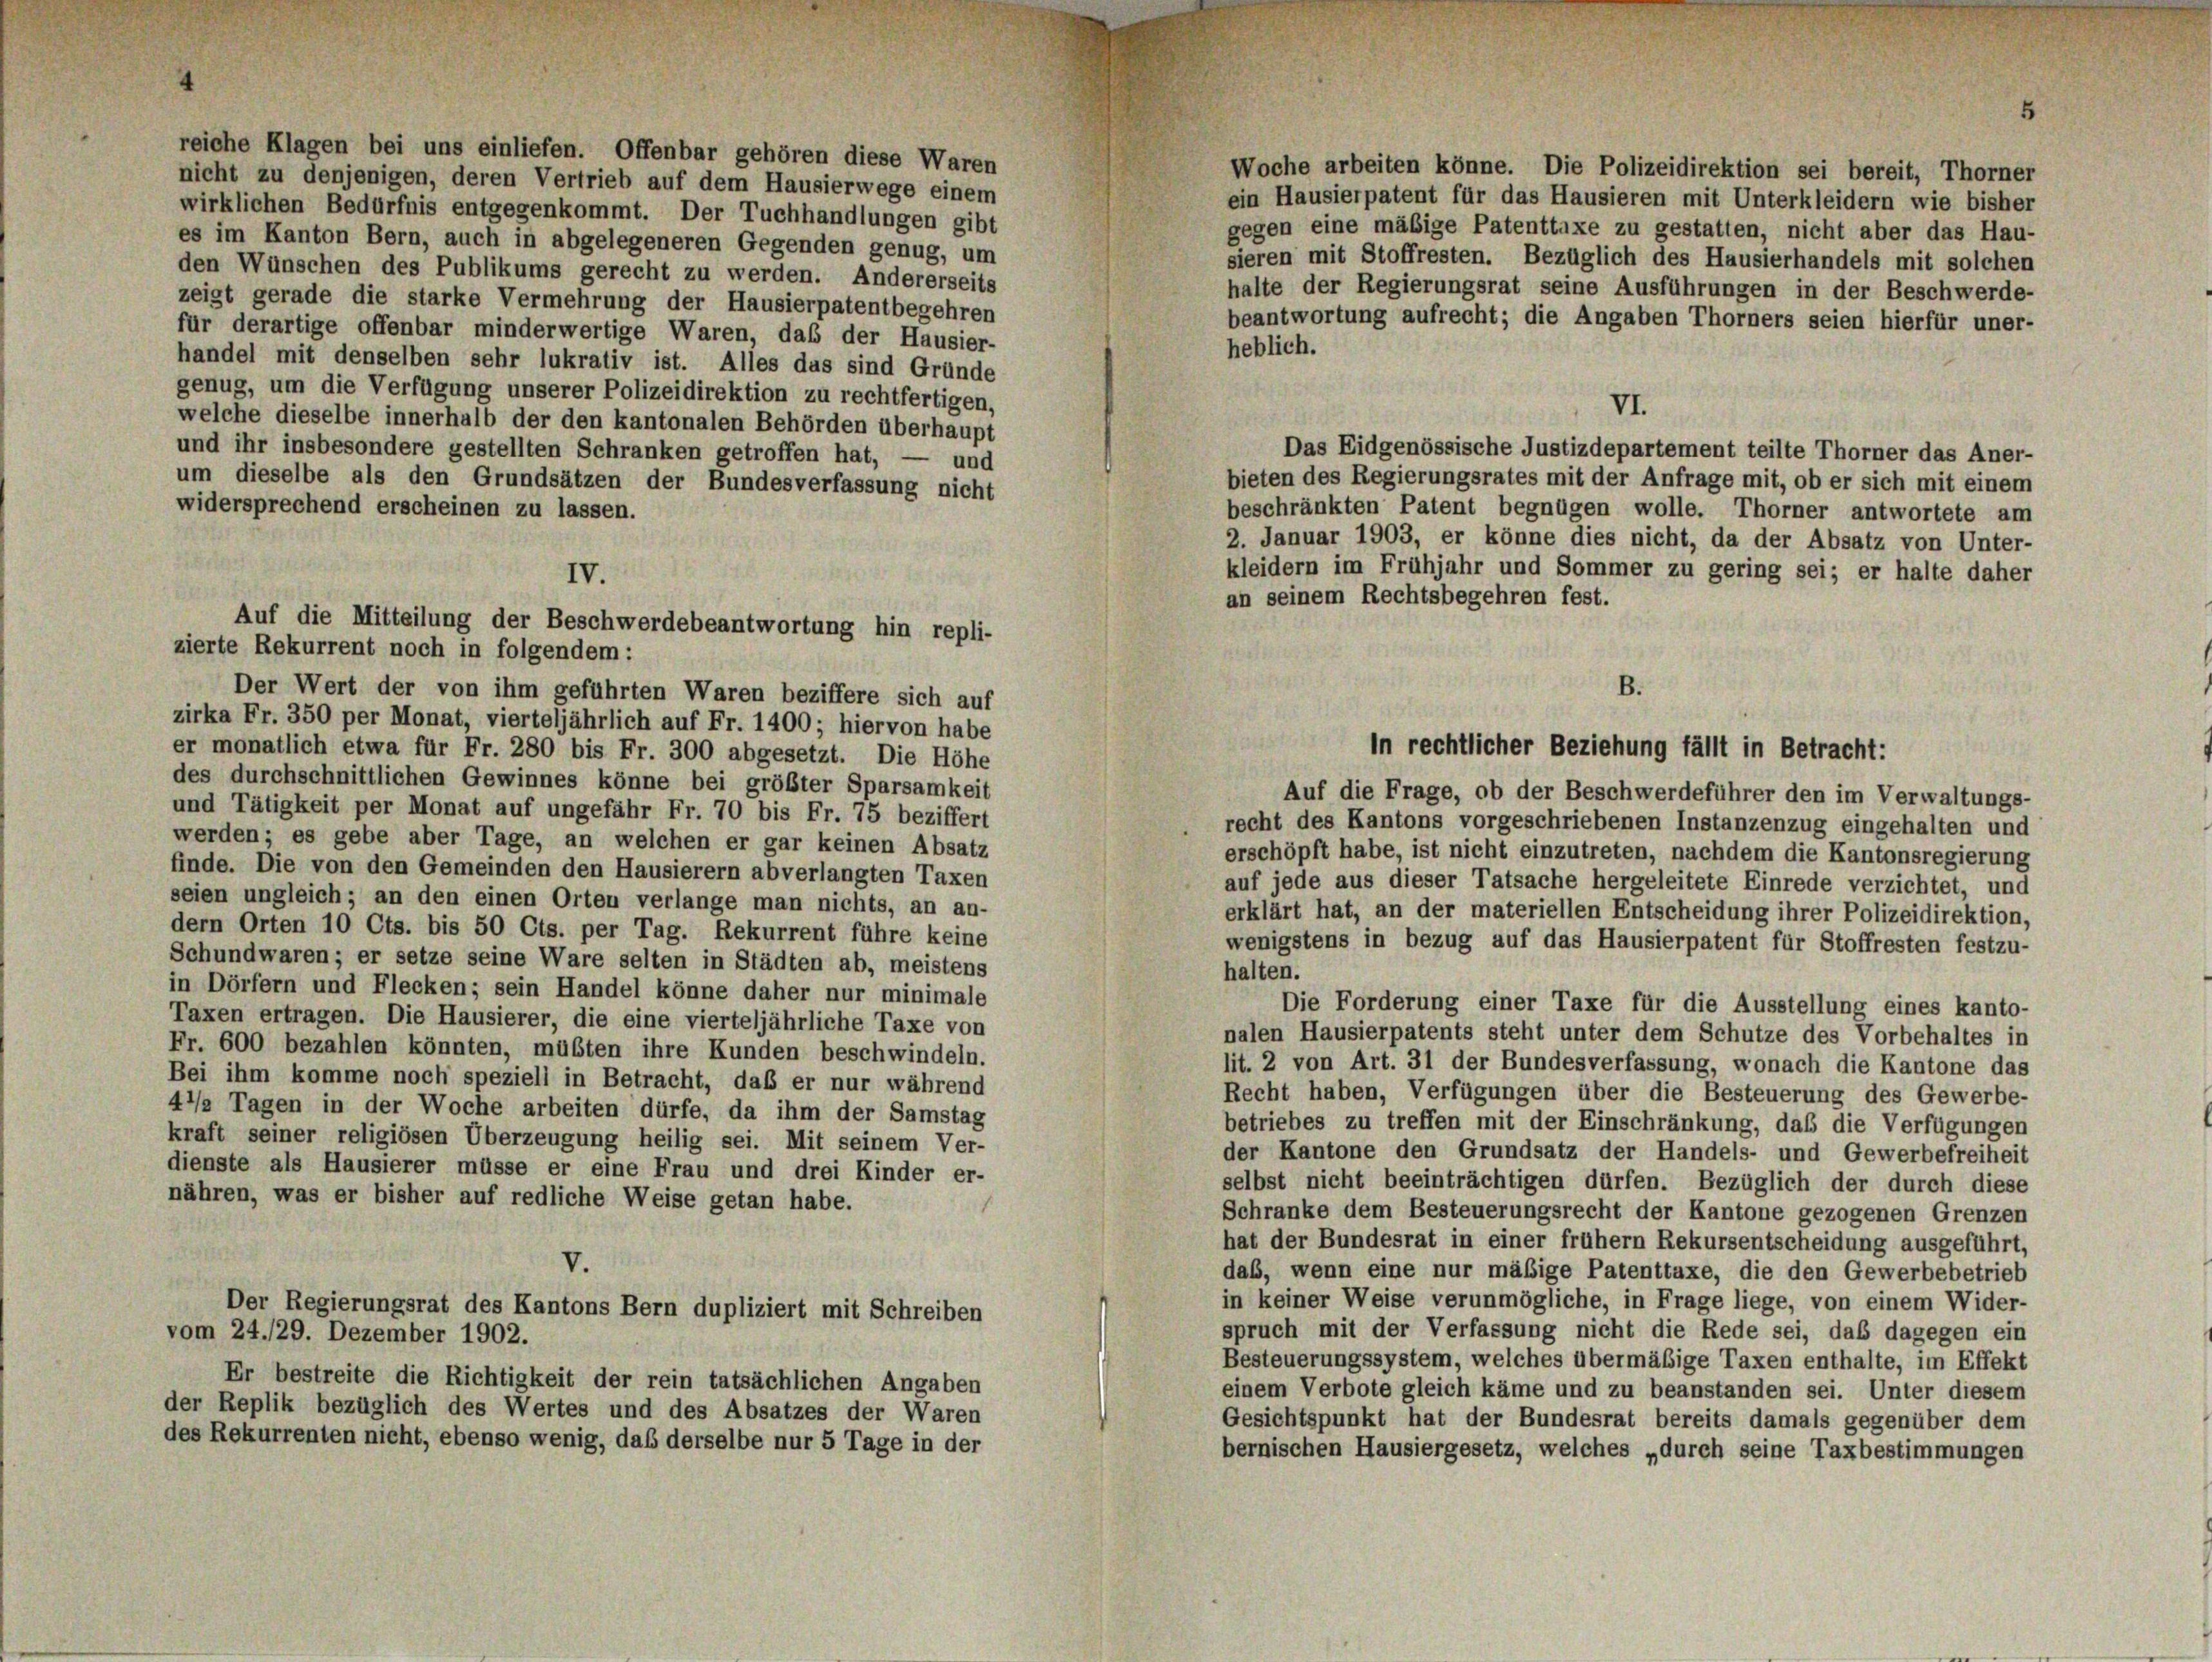
reiche Klagen bei uns einliefen. Offenbar gehören diese Waren
Woche arbeiten könne. Die Polizeidirektion sei bereit, Thorner
nicht zu denjenigen, deren Vertrieb auf dem Hausierwege einem
ein Hausierpatent für das Hausieren mit Unterkleidern wie bisher
wirklichen Bedürfnis entgegenkommt. Der Tuchhandlungen gibt
gegen eine mäßige Patenttaxe zu gestatten, nicht aber das Hau-
es im Kanton Bern, auch in abgelegeneren Gegenden genug, um
sieren mit Stoffresten. Bezüglich des Hausierhandels mit solchen
den Wünschen des Publikums gerecht zu werden. Andererseits
halte der Regierungsrat seine Ausführungen in der Beschwerde-
zeigt gerade die starke Vermehrung der Hausierpatentbegehren
beantwortung aufrecht; die Angaben Thorners seien hierfür uner-
für derartige offenbar minderwertige Waren, daß der Hausier-
heblich.
handel mit denselben sehr lukrativ ist. Alles das sind Gründe
genug, um die Verfügung unserer Polizeidirektion zu rechtfertigen,
VI.
welche dieselbe innerhalb der den kantonalen Behörden überhaupt
Das Eidgenössische Justizdepartement teilte Thorner das Aner-
und ihr insbesondere gestellten Schranken getroffen hat, — und
bieten des Regierungsrates mit der Anfrage mit, ob er sich mit einem
um dieselbe als den Grundsätzen der Bundesverfassung nicht
widersprechend erscheinen zu lassen.
beschränkten Patent begnügen wolle. Thorner antwortete am
2. Januar 1903, er könne dies nicht, da der Absatz von Unter-
kleidern im Frühjahr und Sommer zu gering sei; er halte daher
an seinem Rechtsbegehren fest.
B.
Der Wert der von ihm geführten Waren beziffere sich auf
zirka Fr. 350 per Monat, vierteljährlich auf Fr. 1400; hiervon habe
er monatlich etwa für Fr. 280 bis Fr. 300 abgesetzt. Die Höhe
des durchschnittlichen Gewinnes könne bei größter Sparsamkeit
Auf die Frage, ob der Beschwerdeführer den im Verwaltungs
und Tätigkeit per Monat auf ungefähr Fr. 70 bis Fr. 75 beziffert
recht des Kantons vorgeschriebenen Instanzenzug eingehalten und
werden; es gebe aber Tage, an welchen er gar keinen Absatz
erschöpft habe, ist nicht einzutreten, nachdem die Kantonsregierung
finde. Die von den Gemeinden den Hausierern abverlangten Taxen
auf jede aus dieser Tatsache hergeleitete Einrede verzichtet, und
seien ungleich; an den einen Orten verlange man nichts, an an-
erklärt hat, an der materiellen Entscheidung ihrer Polizeidirektion,
dern Orten 10 Cts. bis 50 Cts. per Tag. Rekurrent führe keine
wenigstens in bezug auf das Hausierpatent für Stoffresten festzu-
Schundwaren; er setze seine Ware selten in Städten ab, meistens
halten.
in Dörfern und Flecken; sein Handel könne daher nur minimale
Die Forderung einer Taxe für die Ausstellung eines kanto-
Taxen ertragen. Die Hausierer, die eine vierteljährliche Taxe von
nalen Hausierpatents steht unter dem Schutze des Vorbehaltes in
Fr. 600 bezahlen könnten, müßten ihre Kunden beschwindeln.
lit. 2 von Art. 31 der Bundesverfassung, wonach die Kantone das
Bei ihm komme noch speziell in Betracht, daß er nur während
Recht haben, Verfügungen über die Besteuerung des Gewerbe-
4’/2 Tagen in der Woche arbeiten dürfe, da ihm der Samstag
betriebes zu treffen mit der Einschränkung, daß die Verfügungen
kraft seiner religiösen Überzeugung heilig sei. Mit seinem Ver-
der Kantone den Grundsatz der Handels- und Gewerbefreiheit
dienste als Hausierer müsse er eine Frau und drei Kinder er-
selbst nicht beeinträchtigen dürfen. Bezüglich der durch diese
nähren, was er bisher auf redliche Weise getan habe.
Schranke dem Besteuerungsrecht der Kantone gezogenen Grenzen
hat der Bundesrat in einer frühem Rekursentscheidung ausgeführt,
V.
daß, wenn eine nur mäßige Patenttaxe, die den Gewerbebetrieb
in keiner Weise verunmögliche, in Frage liege, von einem Wider-
Der Regierungsrat des Kantons Bern dupliziert mit Schreiben
spruch mit der Verfassung nicht die Rede sei, daß dagegen ein
vom 24./29. Dezember 1902.
Besteuerungssystem, welches übermäßige Taxen enthalte, im Effekt
Er bestreite die Richtigkeit der rein tatsächlichen Angaben
einem Verbote gleich käme und zu beanstanden sei. Unter diesem
der Replik bezüglich des Wertes und des Absatzes der Waren
Gesichtspunkt hat der Bundesrat bereits damals gegenüber dem
des Rekurrenten nicht, ebenso wenig, daß derselbe nur 5 Tage in der
bernischen Hausiergesetz, welches „durch seine Taxbestimmungen

IV.
Auf die Mitteilung der Beschwerdebeantwortung hin repli-
zierte Rekurrent noch in folgendem:

in rechtlicher Beziehung fällt in Betracht: